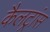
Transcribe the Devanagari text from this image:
कैलट्रांस